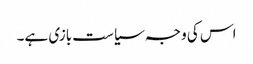
اس کی وجہ سیاست بازی ہے۔